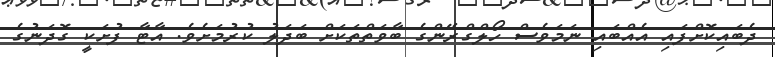
ދެބައިކޮށްފައި އެއްބައި ނަމަވެސް ހޯލްގްރޭންގެ ބާވަތްތަކަށް ބަދަލު ކުރުމަށެވެ. އާޓާ ފުށަކީ ގޮދަނުގެ